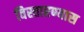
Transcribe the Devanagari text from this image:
विस्तारण्यास